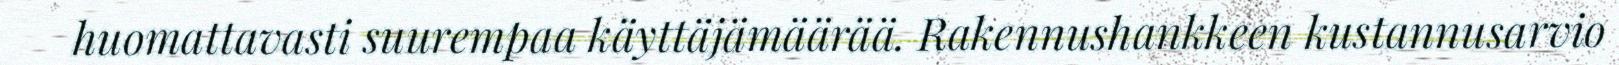
huomattavasti suurempaa käyttäjämäärää. Rakennushankkeen kustannusarvio